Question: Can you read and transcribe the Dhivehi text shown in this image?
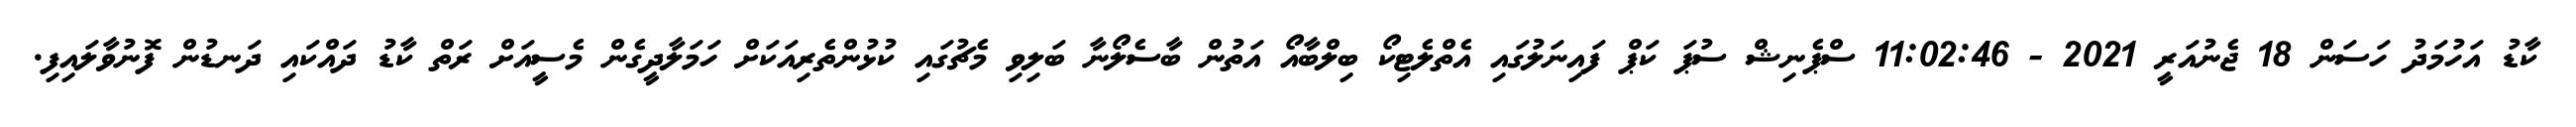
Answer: ކާޑު އަހުމަދު ހަސަން 18 ޖެނުއަރީ 2021 - 11:02:46 ސްޕެނިޝް ސުޕަ ކަޕް ފައިނަލުގައި އެތްލެޓިކޯ ބިލްބާއޯ އަތުން ބާސެލޯނާ ބަލިވި މެޗުގައި ކުޅުންތެރިއަކަށް ހަމަލާދީގެން މެސީއަށް ރަތް ކާޑު ދައްކައި ދަނޑުން ފޮނުވާލައިފި.